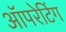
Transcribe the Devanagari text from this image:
अॉपरेटिंग